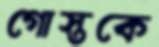
গোস্তকে